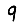
Digit: 9